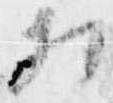
相